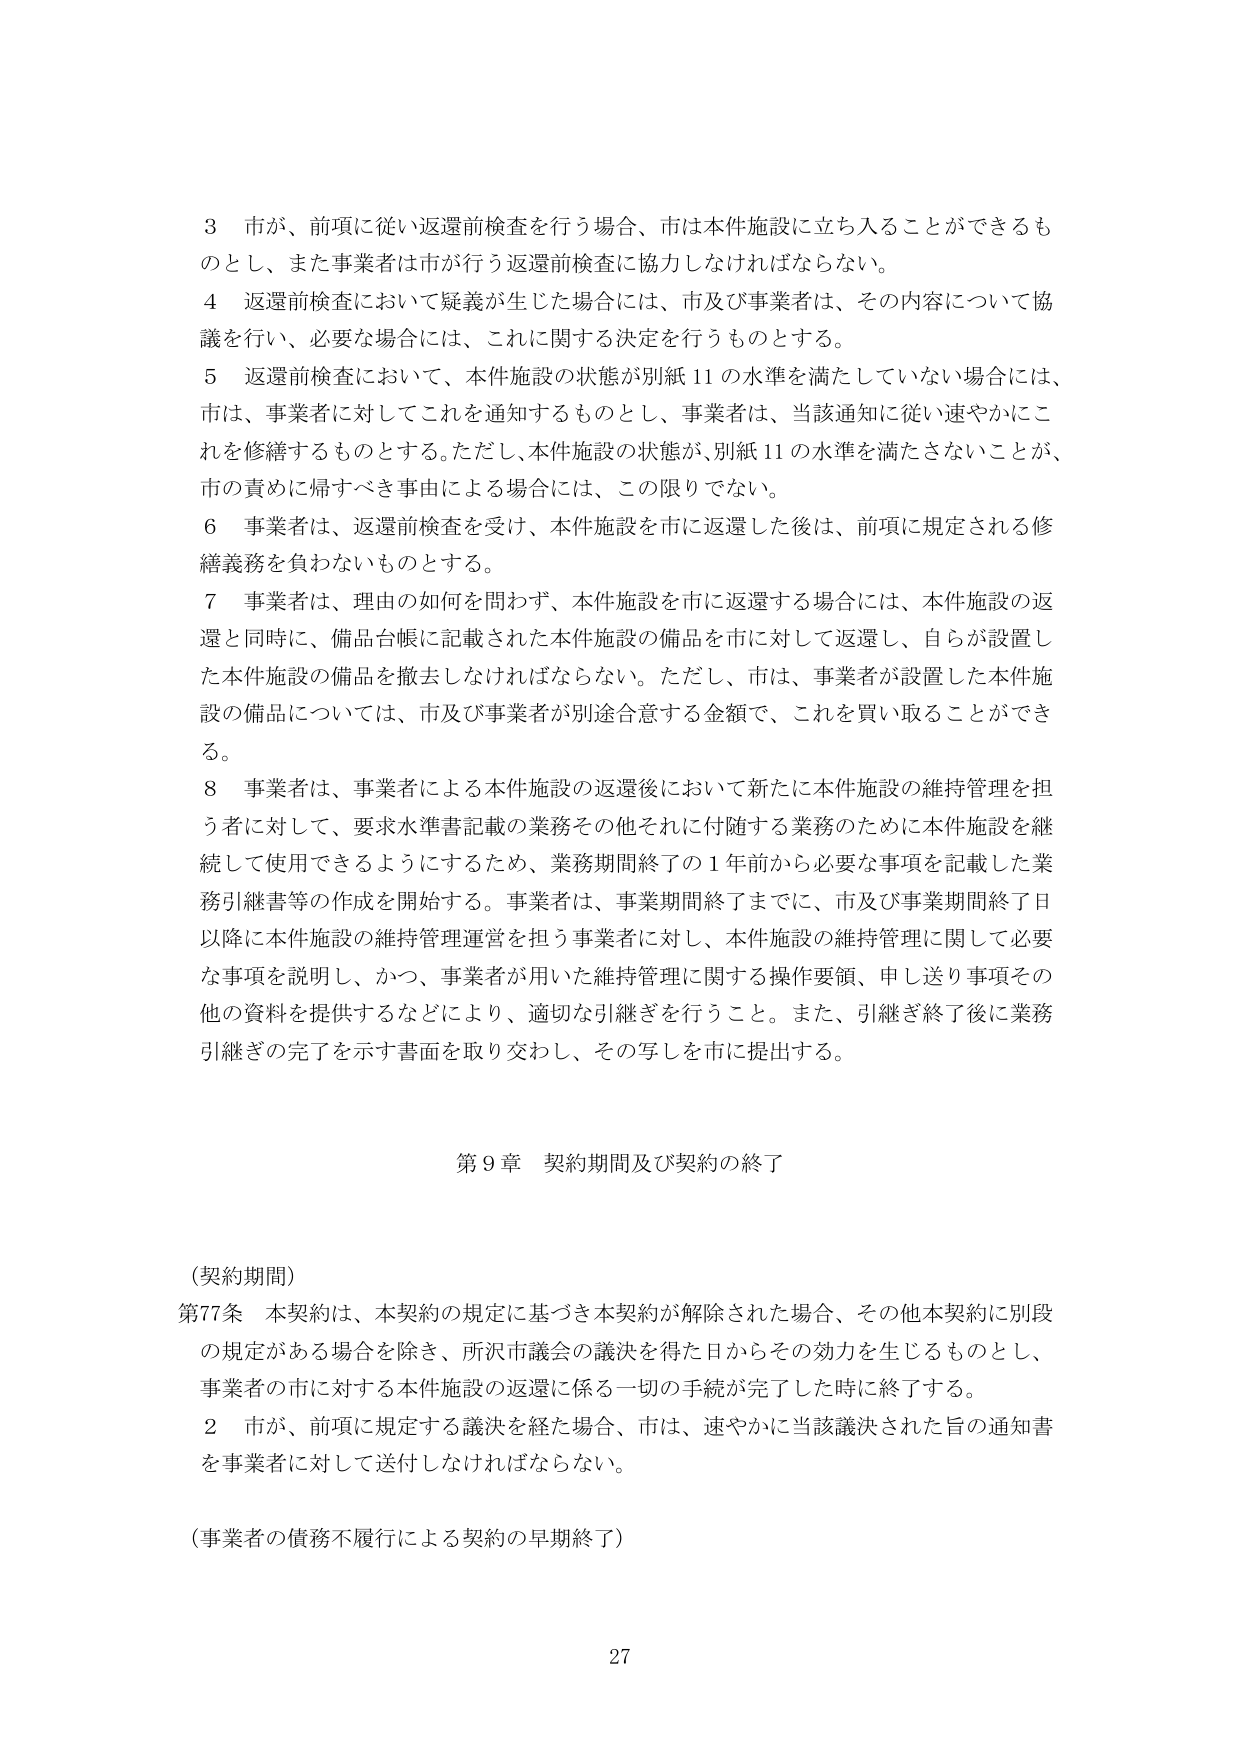
3 市が、前項に従い返還前検査を行う場合、市は本件施設に立ち入ることができるも のとし、また事業者は市が行う返還前検査に協力しなければならない。

4 返還前検査において疑義が生じた場合には、市及び事業者は、その内容について協 議を行い、必要な場合には、これに関する決定を行うものとする。

5 返還前検査において、本件施設の状態が別紙11の水準を満たしていない場合には、 市は、事業者に対してこれを通知するものとし、事業者は、当該通知に従い速やかにこ れを修繕するものとする。ただし、本件施設の状態が、別紙11の水準を満たさないことが、 市の責めに帰すべき事由による場合には、この限りでない。

6 事業者は、返還前検査を受け、本件施設を市に返還した後は、前項に規定される修 繕義務を負わないものとする。

7 事業者は、理由の如何を問わず、本件施設を市に返還する場合には、本件施設の返 還と同時に、備品台帳に記載された本件施設の備品を市に対して返還し、自らが設置し た本件施設の備品を撤去しなければならない。ただし、市は、事業者が設置した本件施 設の備品については、市及び事業者が別途合意する金額で、これを買い取ることができ る。

8 事業者は、事業者による本件施設の返還後において新たに本件施設の維持管理を担 う者に対して、要求水準書記載の業務その他それに付随する業務のために本件施設を継 続して使用できるようにするため、業務期間終了の1年前から必要な事項を記載した業 務引継書等の作成を開始する。事業者は、事業期間終了までに、市及び事業期間終了日 以降に本件施設の維持管理運営を担う事業者に対し、本件施設の維持管理に関して必要 な事項を説明し、かつ、事業者が用いた維持管理に関する操作要領、申し送り事項その 他の資料を提供するなどにより、適切な引継ぎを行うこと。また、引継ぎ終了後に業務 引継ぎの完了を示す書面を取り交わし、その写しを市に提出する。

第9章 契約期間及び契約の終了

（契約期間）

第77条 本契約は、本契約の規定に基づき本契約が解除された場合、その他本契約に別段 の規定がある場合を除き、所沢市議会の議決を得た日からその効力を生じるものとし、 事業者の市に対する本件施設の返還に係る一切の手続が完了した時に終了する。

2 市が、前項に規定する議決を経た場合、市は、速やかに当該議決された旨の通知書 を事業者に対して送付しなければならない。

（事業者の債務不履行による契約の早期終了）

27